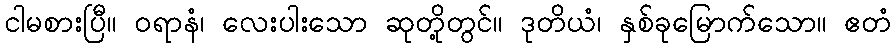
ငါမစားပြီ။ ဝရာနံ၊ လေးပါးသော ဆုတို့တွင်။ ဒုတိယံ၊ နှစ်ခုမြောက်သော။ ဧတံ